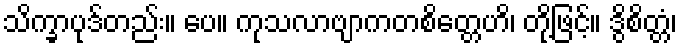
သိက္ခာပုဒ်တည်း။ ပေ။ ကုသလာဗျာကတစိတ္တေဟိ၊ တို့ဖြင့်။ ဒွိစိတ္တံ၊